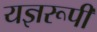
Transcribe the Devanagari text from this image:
यज्ञरूपी